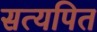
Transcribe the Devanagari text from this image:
सत्यपित